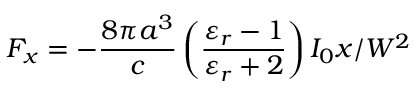
F _ { x } = - \frac { 8 \pi a ^ { 3 } } { c } \left( \frac { \varepsilon _ { r } - 1 } { \varepsilon _ { r } + 2 } \right) I _ { 0 } x / W ^ { 2 }